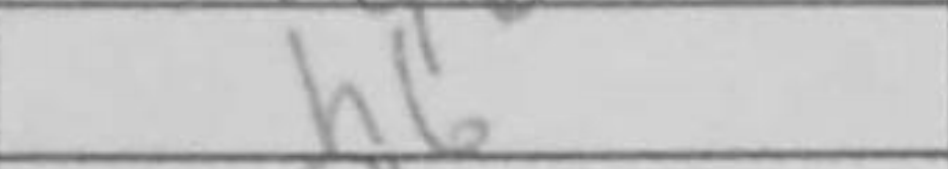
Transcription: h6